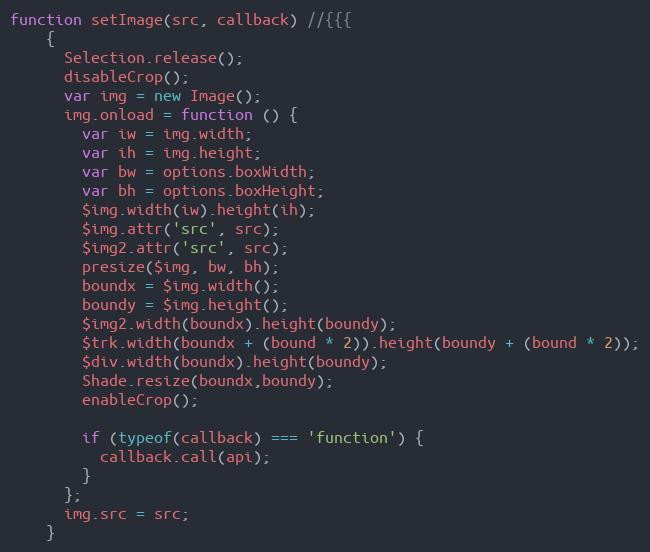
Language: JavaScript
function setImage(src, callback) //{{{
    {
      Selection.release();
      disableCrop();
      var img = new Image();
      img.onload = function () {
        var iw = img.width;
        var ih = img.height;
        var bw = options.boxWidth;
        var bh = options.boxHeight;
        $img.width(iw).height(ih);
        $img.attr('src', src);
        $img2.attr('src', src);
        presize($img, bw, bh);
        boundx = $img.width();
        boundy = $img.height();
        $img2.width(boundx).height(boundy);
        $trk.width(boundx + (bound * 2)).height(boundy + (bound * 2));
        $div.width(boundx).height(boundy);
        Shade.resize(boundx,boundy);
        enableCrop();

        if (typeof(callback) === 'function') {
          callback.call(api);
        }
      };
      img.src = src;
    }